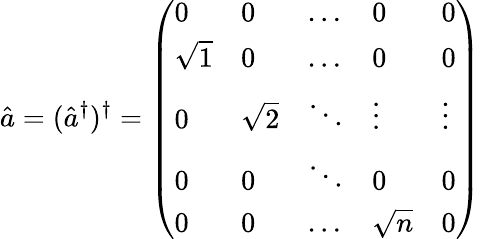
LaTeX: \hat{a}=(\hat{a}^{\dagger})^{\dagger}=\left(\begin{array}{lllll}{0}&{0}&{\dots}&{0}&{0}\\ {\sqrt{1}}&{0}&{\dots}&{0}&{0}\\ {0}&{\sqrt{2}}&{\ddots}&{\vdots}&{\vdots}\\ {0}&{0}&{\ddots}&{0}&{0}\\ {0}&{0}&{\dots}&{\sqrt{n}}&{0}\end{array}\right)